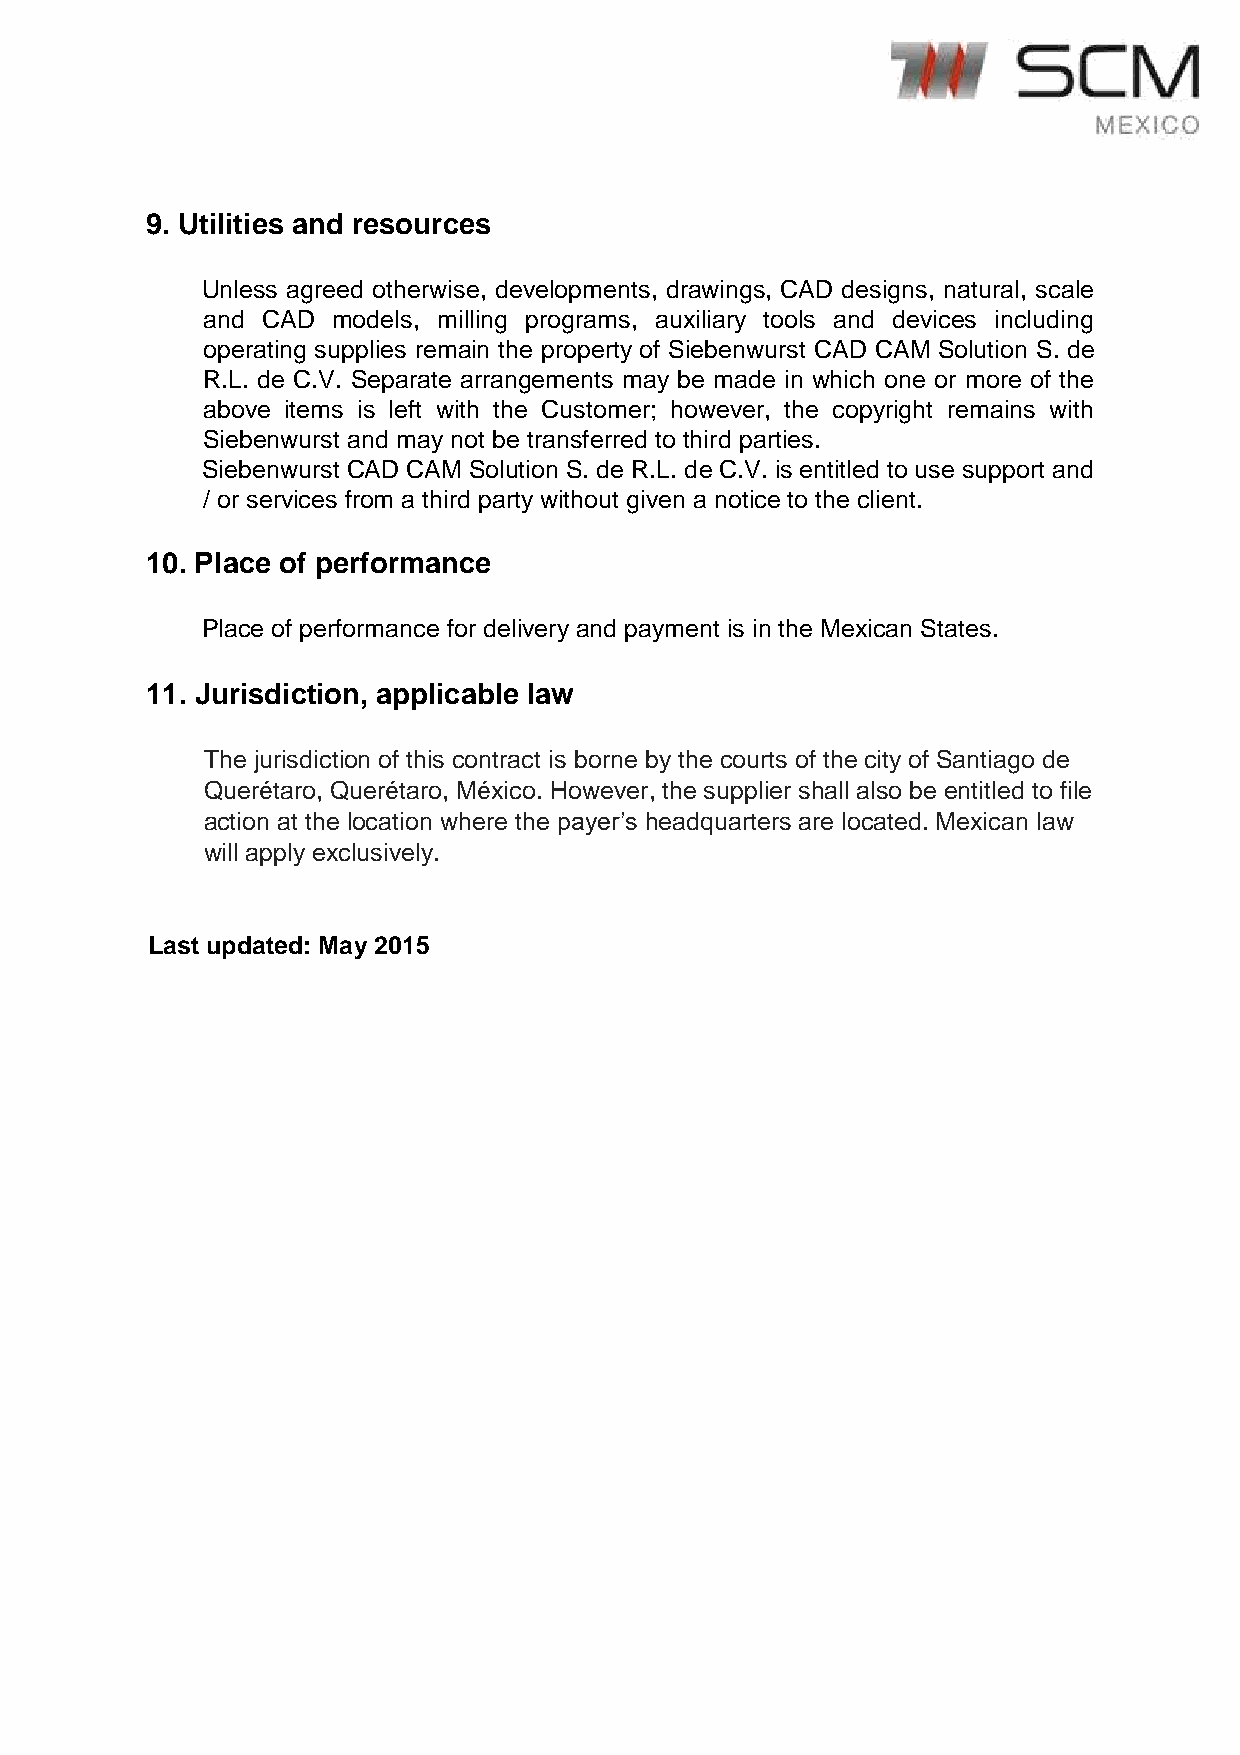
9. Utilities and resources
 Unless agreed otherwise, developments, drawings, CAD designs, natural, scale
 and CAD  models, milling programs, auxiliary tools and devices including
 operating supplies remain the property of Siebenwurst CAD CAM Solution S. de
 R.L. de C.V. Separate arrangements may be made in which one or more of the
 above items is left with the Customer; however, the copyright remains with
 Siebenwurst and may not be transferred to third parties.
 Siebenwurst CAD CAM Solution S. de R.L. de C.V. is entitled to use support and
 / or services from a third party without given a notice to the client.
 10. Place of performance
 Place of performance for delivery and payment is in the Mexican States.
 11. Jurisdiction, applicable law
 The jurisdiction of this contract is borne by the courts of the city of Santiago de
 Querétaro, Querétaro, México. However, the supplier shall also be entitled to file
 action at the location where the payer’s headquarters are located. Mexican law
 will apply exclusively.
 Last updated: May 2015